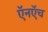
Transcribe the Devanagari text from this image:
ऍनऍच